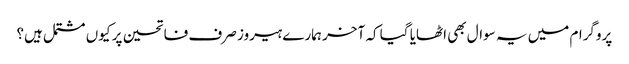
پروگرام میں یہ سوال بھی اٹھایا گیا کہ آخر ہمارے ہیروز صرف فاتحین پر کیوں مشتمل ہیں؟